Annual report on the working of the lock hospitals in the Central Provinces
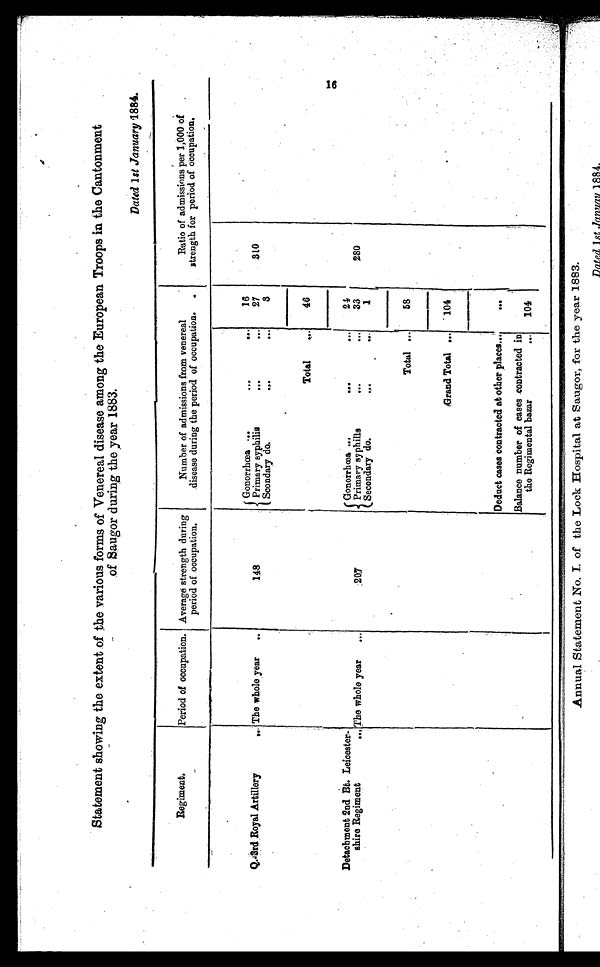
Statement showing the extent of the various forms of Venereal disease among the European Troops in the Cantonment
of Saugor during the year 1883.
Dated 1 st January 1884.
Regiment
.
Period of occupation. Average strength during
period of occupation.
Number of admissions from venereal
disease during the period of occupation.
Ratio of admissions per 1,000 of
strength for period of occupation.
Gonorrhœa ...
•••
16
Q.-3 rd Royal Artillery
. The whole year
148
Primary syphilis
...
•••
27
310
Scondary do.
...
.
..
3
Total
...
46
Detachment 2nd Bt. Leicester-
shire Regiment
...
Gonorrhœa ...
•••
...
24
The whole year
...
207
Primary syphilis
...
••.
33
280
Secondary do.
...•
•••
1
Total ...
58
Grand Total ...
104
Deduct cases contracted at other places...
. . .
Balance number of cases contracted in
the Regimental bazar
...
104
16